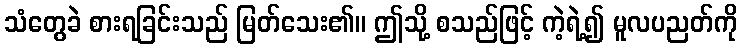
သံတွေခဲ စားရခြင်းသည် မြတ်သေး၏။ ဤသို့ စသည်ဖြင့် ကဲ့ရဲ့၍ မူလပညတ်ကို